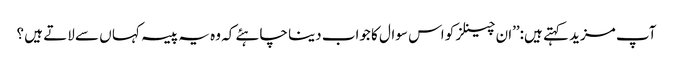
آپ مزید کہتے ہیں:’’ان چینلز کو اس سوال کا جواب دینا چاہئے کہ وہ یہ پیسہ کہا ں سے لاتے ہیں ؟